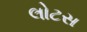
લોટસ